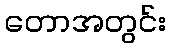
တောအတွင်း